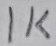
Text: 1K